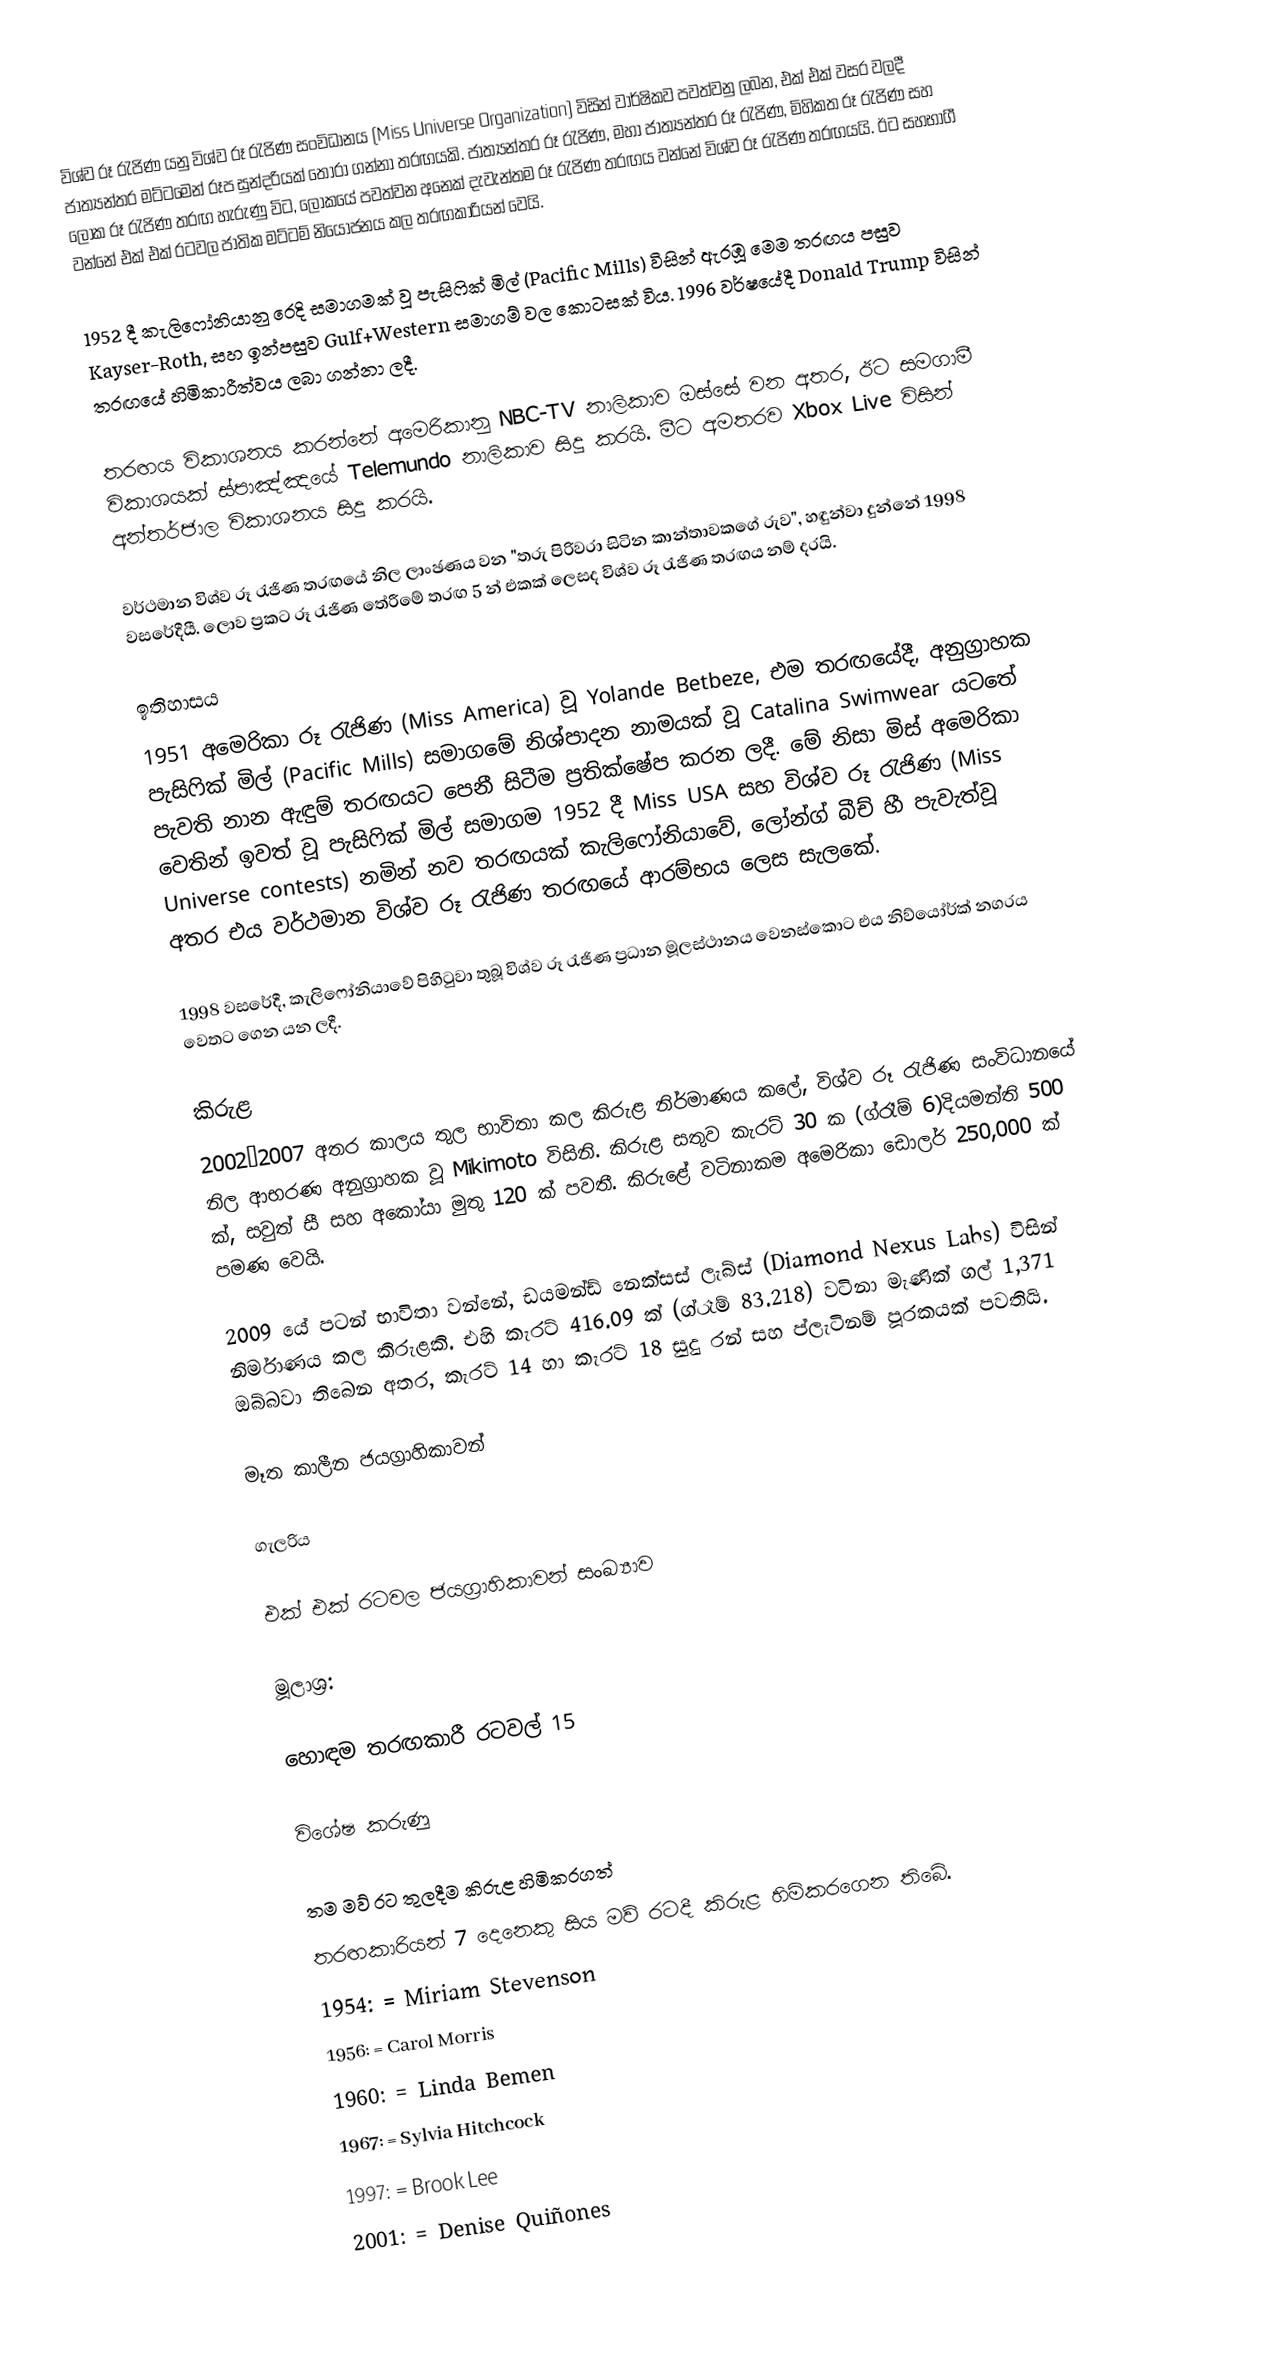
විශ්ව රූ රැජිණ යනු විශ්ව රූ රැජිණ සංවිධානය (Miss Universe Organization) විසින් වාර්ෂිකව පවත්වනු ලබන, එක් එක් වසර වලදී ජාත්‍යන්තර මට්ටමෙන් රූප සුන්දරියක් තෝරා ගන්නා තරඟයකි. ජාත්‍යන්තර රූ රැජිණ, මහා ජාත්‍යන්තර රූ රැජිණ, මිහිකත රූ රැජිණ සහ ලෝක රූ රැජිණ තරඟ හැරුණු විට, ලෝකයේ පවත්වන අනෙක් දැවැන්තම රූ රැජිණ තරඟය වන්නේ විශ්ව රූ රැජිණ තරඟයයි. ඊට සහභාගී වන්නේ එක් එක් රටවල ජාතික මට්ටම් නියෝජනය කල තරඟකාරියන් වෙයි.

1952 දී කැලිෆෝනියානු රෙදි සමාගමක් වූ පැසිෆික් මිල් (Pacific Mills) විසින් ඇරඹූ මෙම තරඟය පසුව Kayser-Roth, සහ ඉන්පසුව Gulf+Western සමාගම් වල කොටසක් විය. 1996 වර්ෂයේදී Donald Trump විසින් තරඟයේ හිමිකාරීත්වය ලබා ගන්නා ලදී.

තරඟය විකාශනය කරන්නේ අමෙරිකානු NBC-TV නාලිකාව ඔස්සේ වන අතර, ඊට සමගාමී විකාශයක් ස්පාඤ්ඤයේ Telemundo නාලිකාව සිදු කරයි. මීට අමතරව Xbox Live විසින් අන්තර්ජාල විකාශනය සිදු කරයි.

වර්ථමාන විශ්ව රූ රැජිණ තරඟයේ නිල ලාංඡණය වන "තරු පිරිවරා සිටින කාන්තාවකගේ රුව", හඳුන්වා දුන්නේ 1998 වසරේදීයී. ලොව ප්‍රකට රූ රැජිණ තේරීමේ තරඟ 5 න් එකක් ලෙසද විශ්ව රූ රැජිණ තරඟය නම් දරයි.

ඉතිහාසය
1951 අමෙරිකා රූ රැජිණ (Miss America) වූ Yolande Betbeze, එම තරඟයේදී, අනුග්‍රාහක පැසිෆික් මිල් (Pacific Mills) සමාගමේ නිශ්පාදන නාමයක් වූ Catalina Swimwear යටතේ පැවති නාන ඇඳුම් තරඟයට පෙනී සිටීම ප්‍රතික්ෂේප කරන ලදී. මේ නිසා මිස් අමෙරිකා වෙතින් ඉවත් වූ පැසිෆික් මිල් සමාගම 1952 දී Miss USA සහ විශ්ව රූ රැජිණ (Miss Universe contests) නමින් නව තරඟයක් කැලිෆෝනියාවේ, ලෝන්ග් බීච් හී පැවැත්වූ අතර එය වර්ථමාන විශ්ව රූ රැජිණ තරඟයේ ආරම්භය ලෙස සැලකේ.

1998 වසරේදී, කැලිෆෝනියාවේ පිහිටුවා තුබූ විශ්ව රූ රැජිණ ප්‍රධාන මූලස්ථානය වෙනස්කොට එය නිව්යෝර්ක් නගරය වෙතට ගෙන යන ලදී.

කිරුළ
2002–2007 අතර කාලය තුල භාවිතා කල කිරුළ නිර්මාණය කලේ, විශ්ව රූ රැජිණ සංවිධානයේ නිල ආභරණ අනුග්‍රාහක වූ Mikimoto විසිනි. කිරුළ සතුව කැරට් 30 ක (ග්රෑම් 6)දියමන්ති 500 ක්, සවුත් සී  සහ අකෝයා මුතු 120 ක් පවතී. කිරුළේ වටිනාකම අමෙරිකා ඩොලර් 250,000 ක් පමණ වෙයි.

2009 යේ පටන් භාවිතා වන්නේ, ඩයමන්ඩ් නෙක්සස් ලැබ්ස් (Diamond Nexus Labs) විසින් නිර්මාණය කල කිරුළකි. එහි කැරට් 416.09 ක් (ග්රෑම් 83.218) වටිනා මැණික් ගල් 1,371 ඔබ්බවා තිබෙන අතර, කැරට් 14 හා කැරට් 18 සුදු රන් සහ ප්ලැටිනම් පූරකයක් පවතියි.

මෑත කාලීන ජයග්‍රාහිකාවන්

ගැලරිය

එක් එක් රටවල ජයග්‍රාහිකාවන් සංඛ්‍යාව

මූලාශ්‍ර:

හොඳම තරඟකාරී රටවල් 15

විශේෂ කරුණු

තම මව් රට තුලදීම කිරුළ හිමිකරගත්
තරඟකාරියන් 7 දෙනෙකු සිය මව් රටදී කිරුළ හිමිකරගෙන තිබේ.
 1954: = Miriam Stevenson
1956: = Carol Morris
 1960: = Linda Bemen
 1967: = Sylvia Hitchcock
 1997: = Brook Lee
 2001: = Denise Quiñones